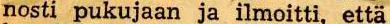
nosti pukujaan ja ilmoitti, että